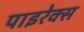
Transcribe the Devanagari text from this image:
पाइरेक्स